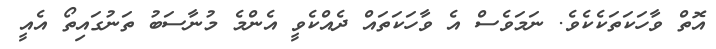
އޮތް ވާހަކަތަކެކެވެ. ނަމަވެސް އެ ވާހަކަތައް ދެއްކެވީ އެންމެ މުނާސަބު ތަނުގައިތޯ އެއީ